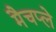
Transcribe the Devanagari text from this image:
मैचप्ले